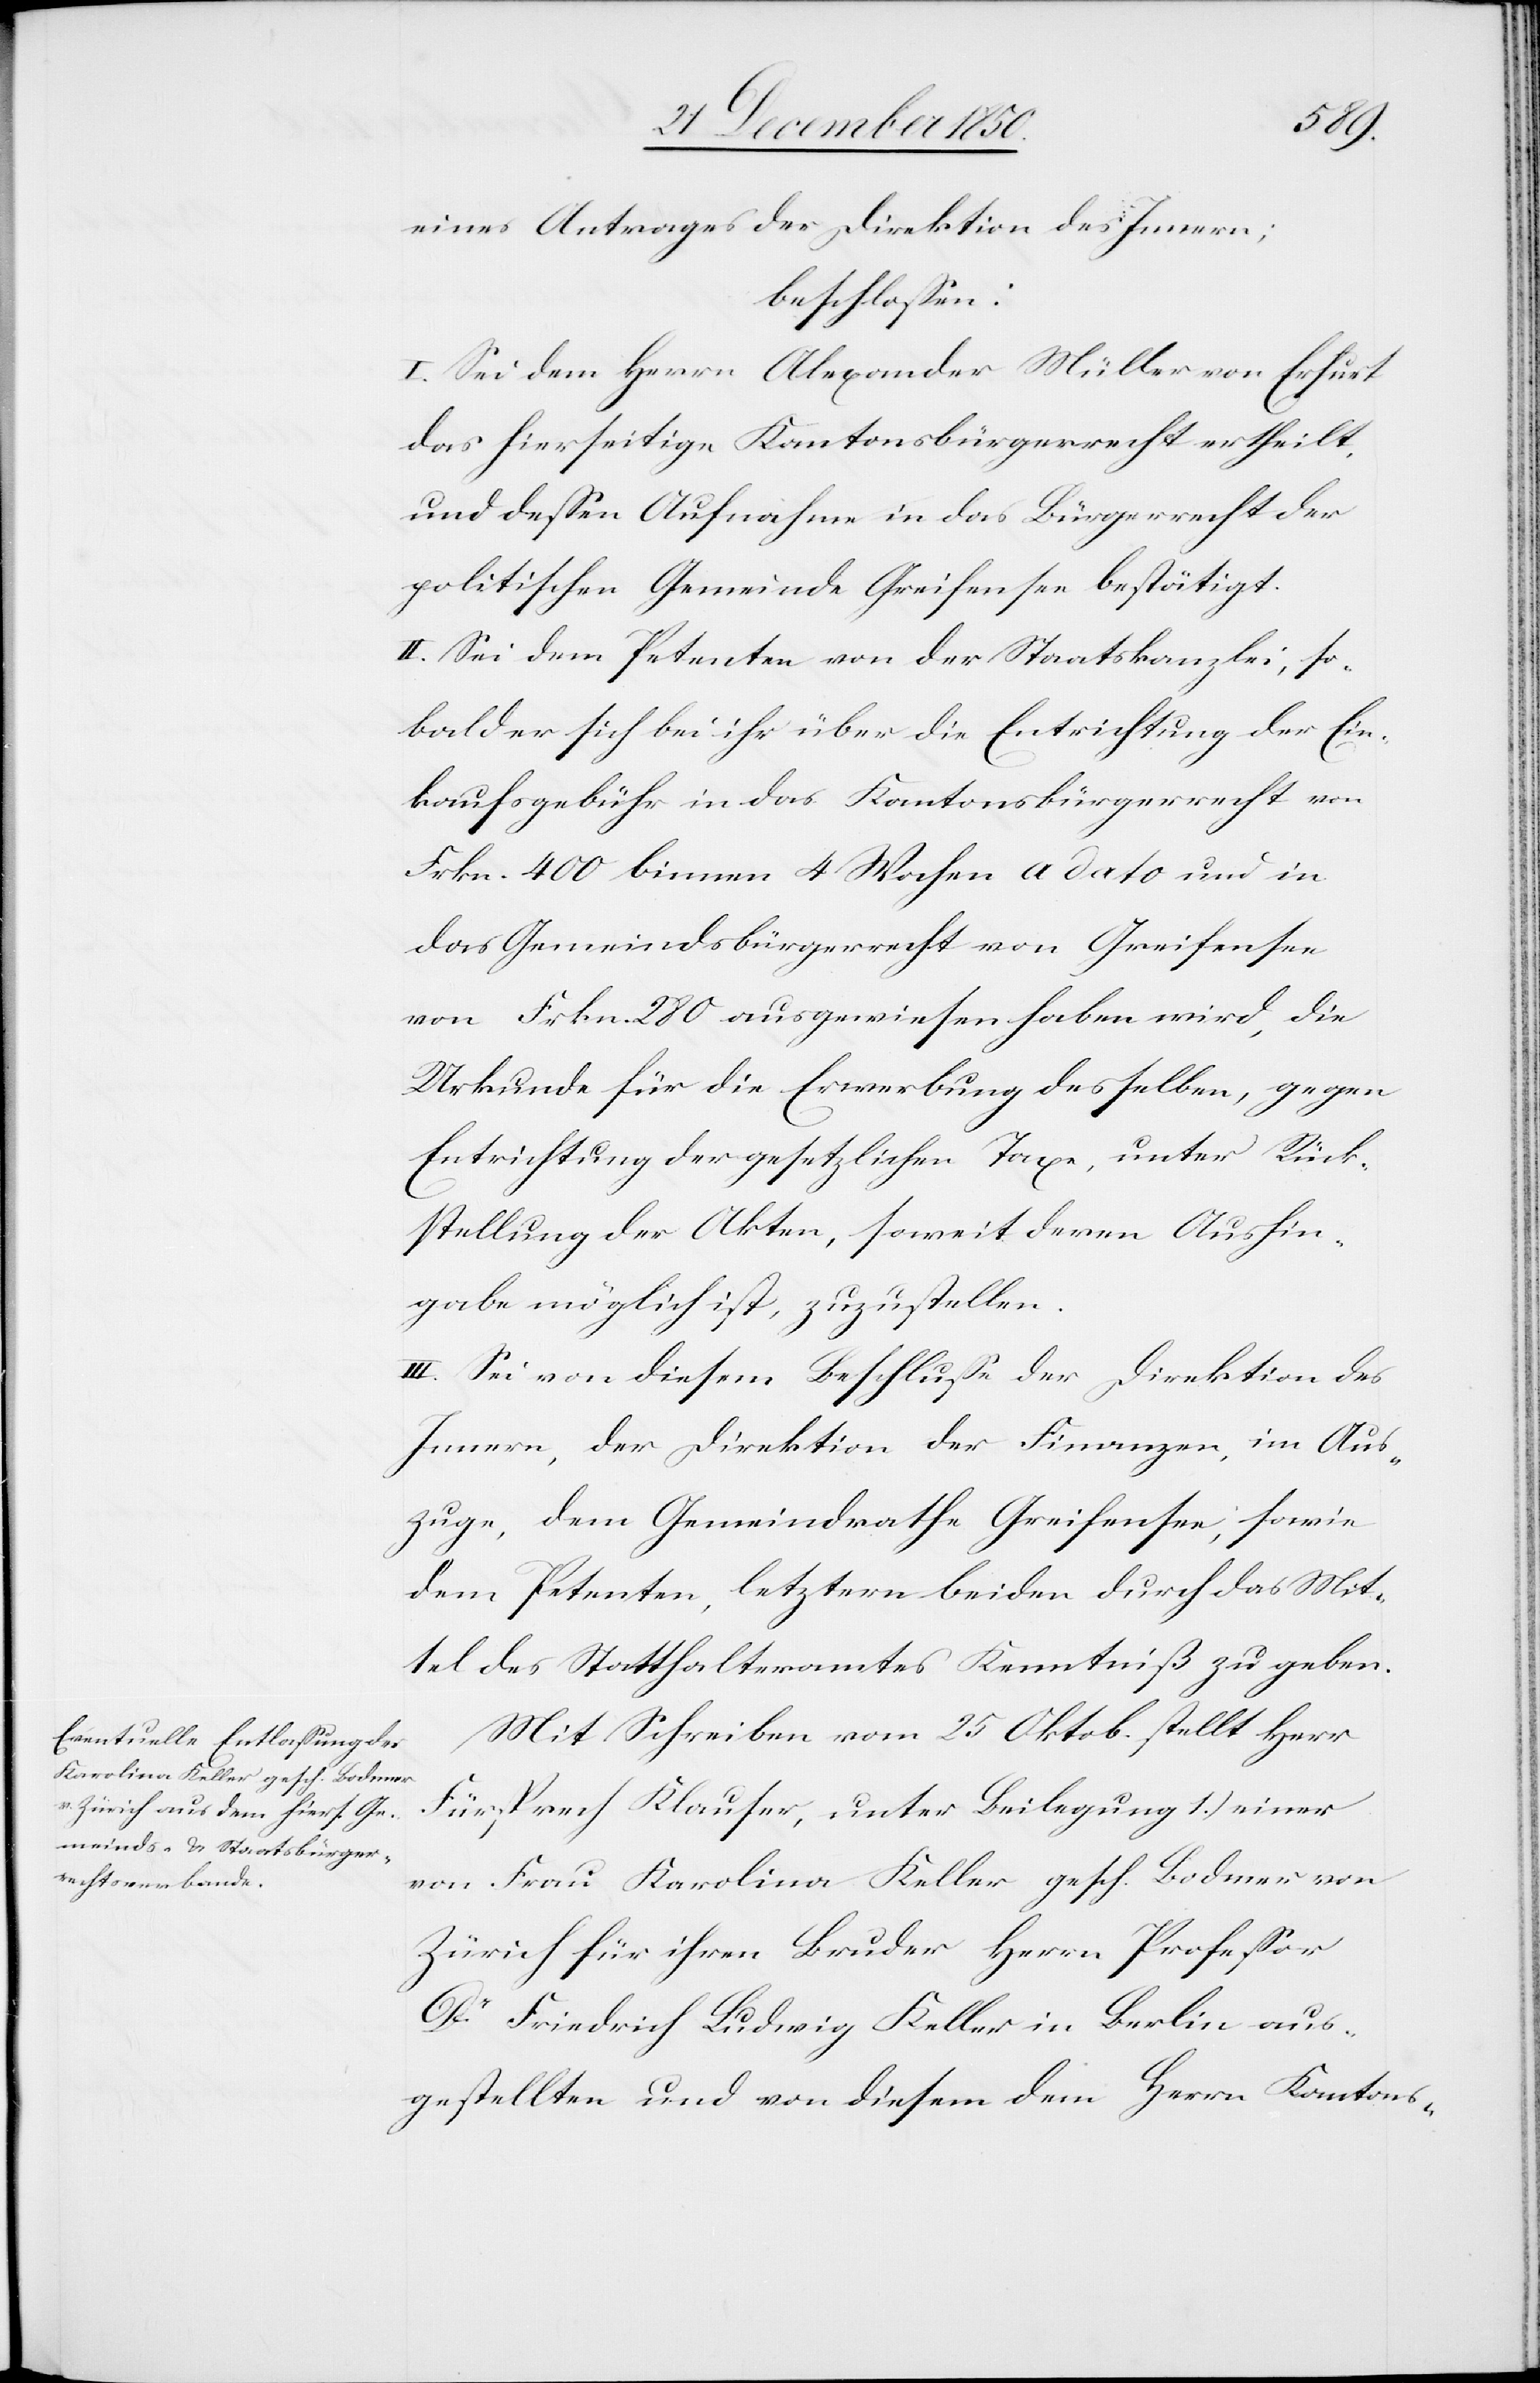
eines Antrages der Direktion des Innern;
beschlossen:
I. Sei dem Herrn Alexander Müller von Erfurt
das hierseitige Kantonsbürgerrecht ertheilt,
und dessen Aufnahme in das Bürgerrecht der
politischen Gemeinde Greifensee bestätigt.
II. Sei dem Petenten von der Staatskanzlei, so¬
bald er sich bei ihr über die Entrichtung der Ein¬
kaufsgebühr in das Kantonsbürgerrecht von
Frkn. 400 binnen 4 Wochen a dato und in
das Gemeindsbürgerrecht von Greifensee
von Frkn. 280 ausgewiesen haben wird, die
Urkunde für die Erwerbung desselben, gegen
Entrichtung der gesetzlichen Taxe, unter Rück¬
stellung der Akten, soweit deren Aushin¬
gabe möglich ist, zuzustellen.
III. Sei von diesem Beschlusse der Direktion des
Innern, der Direktion der Finanzen, im Aus¬
zuge, dem Gemeindrathe Greifensee, sowie
dem Petenten, letztern beiden durch das Mit¬
tel des Statthalteramtes Kenntniß zu geben.
Mit Schreiben vom 25 Oktob. stellt Herr
Fürsprech Klauser, unter Beilegung 1.) einer
von Frau Karolina Keller gesch. Bodmer von
Zürich für ihren Bruder Herrn Professor
Dr Friedrich Ludwig Keller in Berlin aus¬
gestellten und von diesem dem Herrn Kantons-